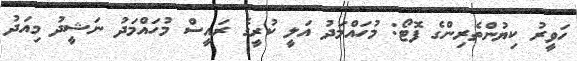
ހަވީރު ކިޔުންތެރިންގެ ފޮޓޯ: މުހައްމަދު އަލީ ކުރީގެ ރައީސް މުހައްމަދު ނަޝީދު މިއަދު